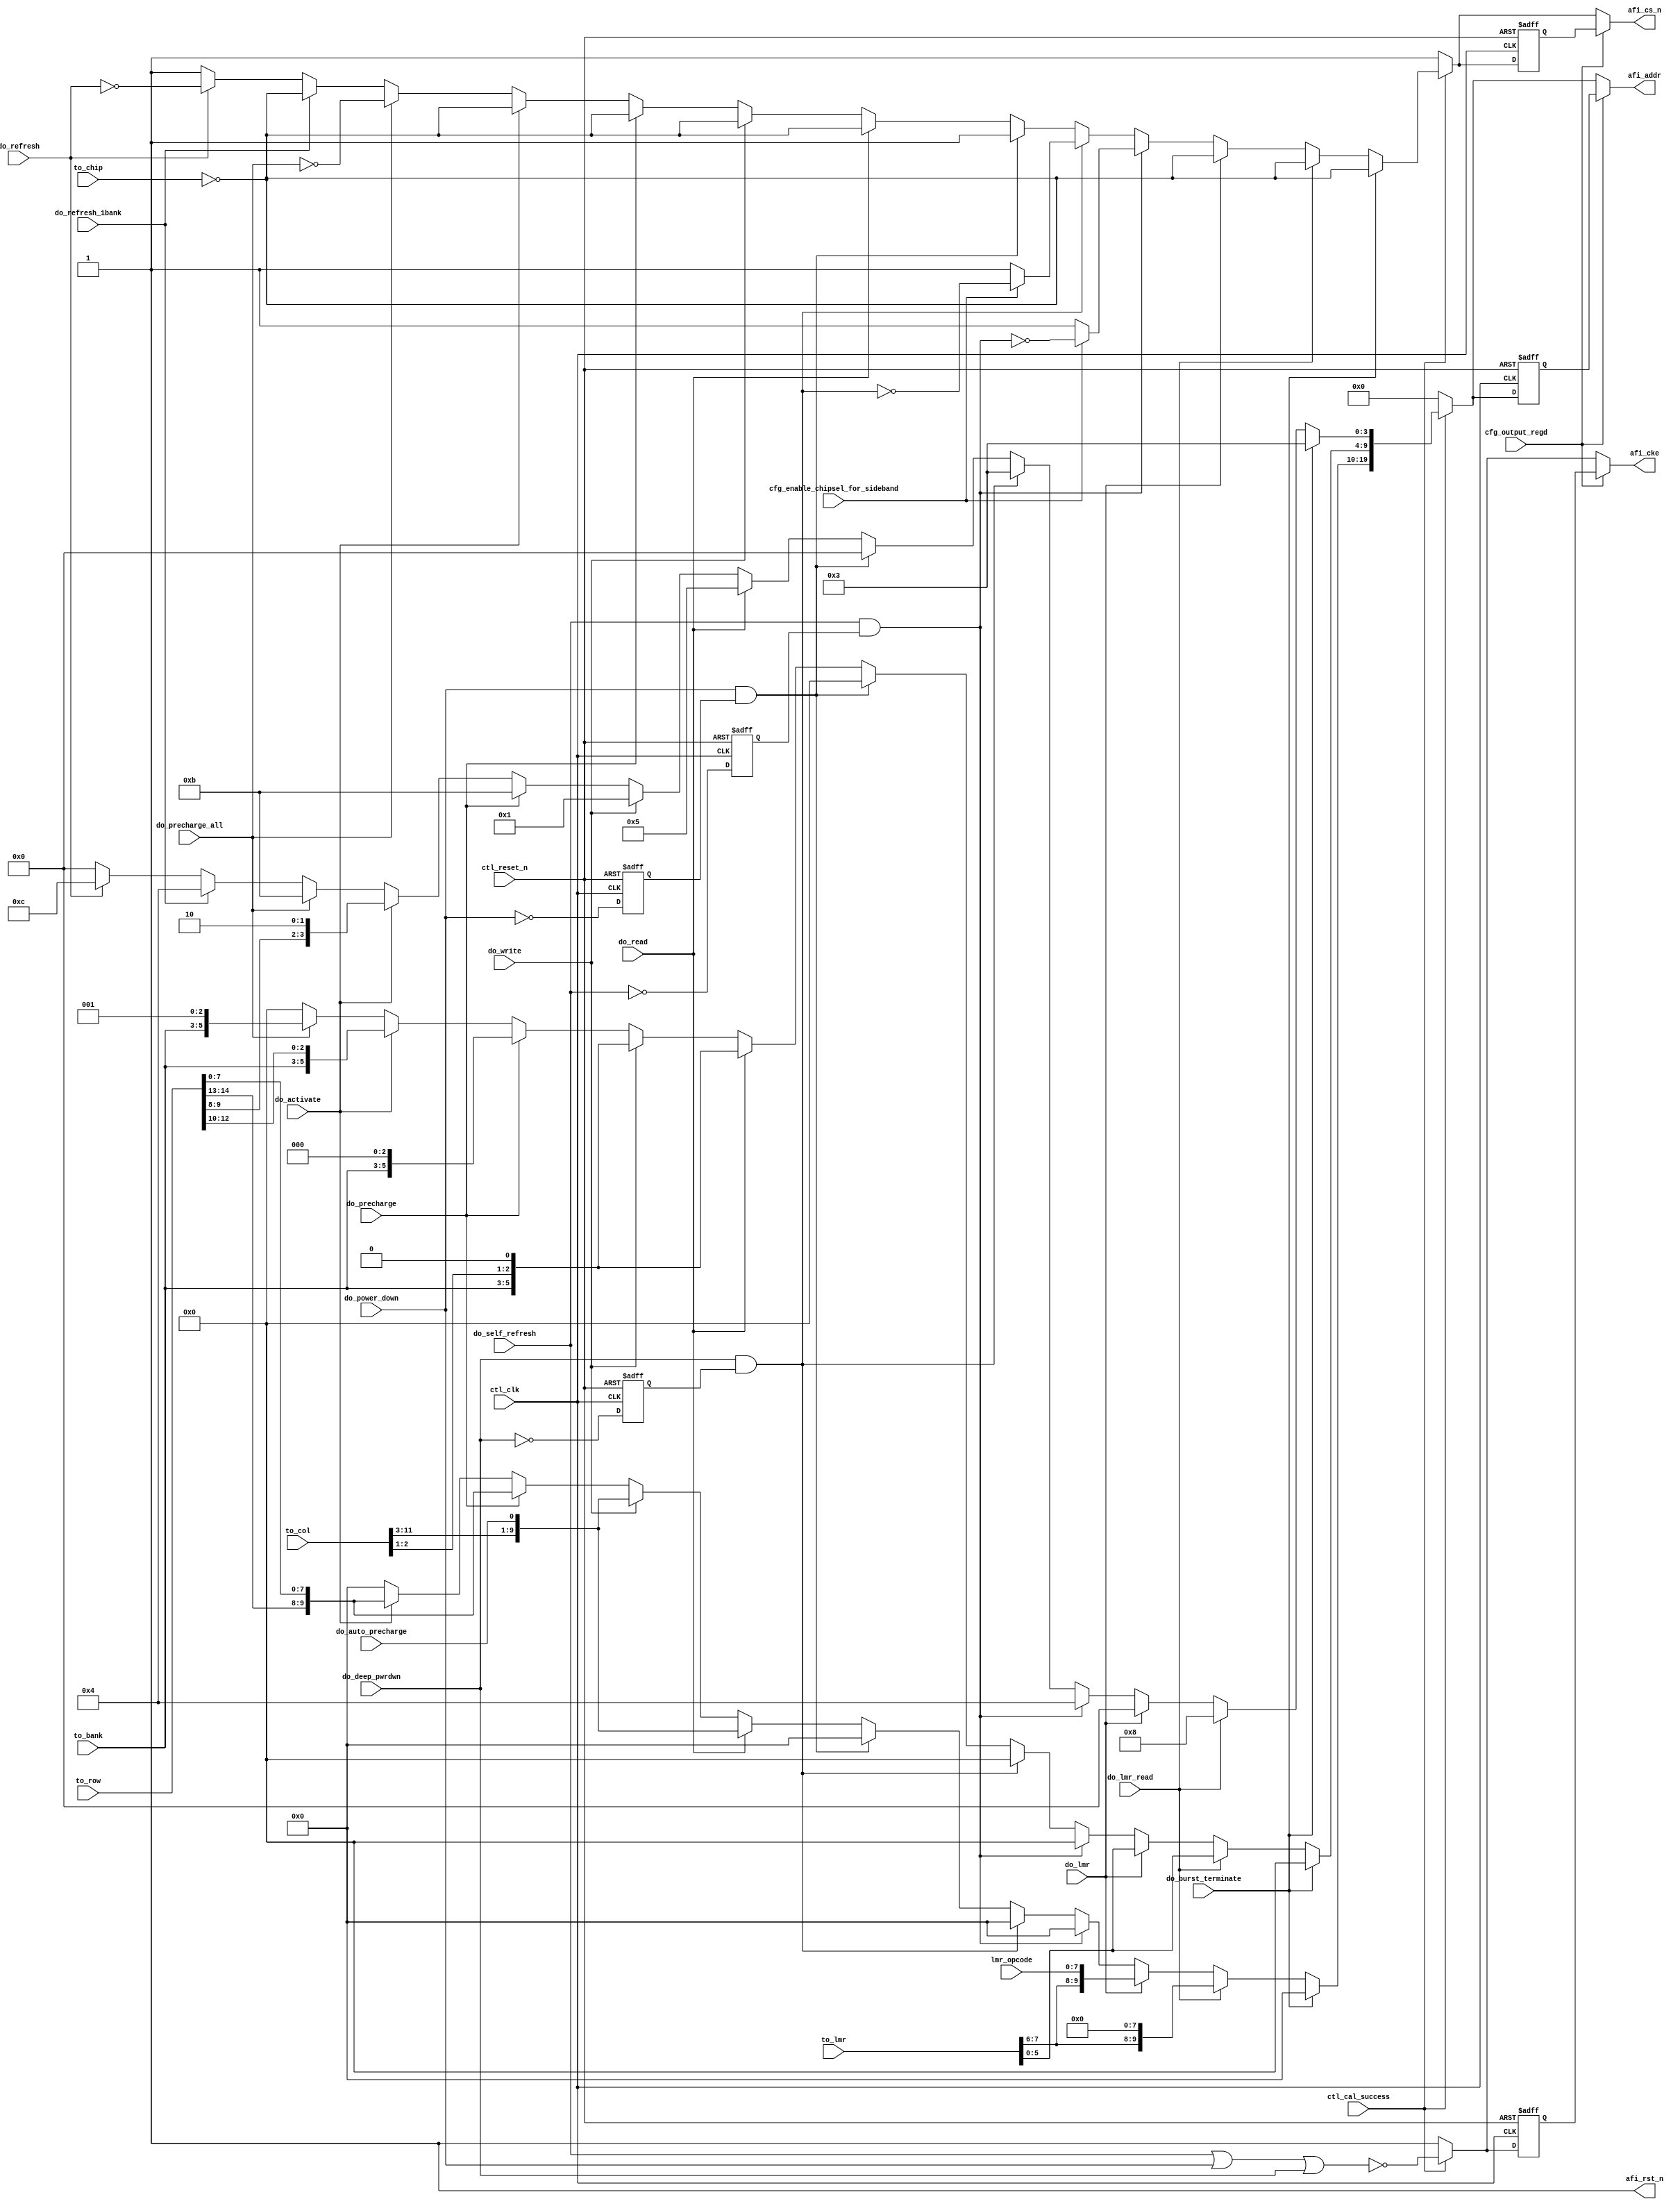
///////////////////////////////////////////////////////////////////////////////
// Title         : LPDDR2 controller address and command decoder
//
//
// Abstract      : LPDDR2 Address and command decoder
///////////////////////////////////////////////////////////////////////////////

`timescale 1 ps / 1 ps
module alt_mem_ddrx_lpddr2_addr_cmd
    # (parameter
    
        // Global parameters
        CFG_PORT_WIDTH_OUTPUT_REGD    = 1,
        CFG_MEM_IF_CHIP               = 1,
        CFG_MEM_IF_CKE_WIDTH          = 1,    // same width as CS_WIDTH
        CFG_MEM_IF_ADDR_WIDTH         = 20,
        CFG_MEM_IF_ROW_WIDTH          = 15,   // max supported row bits
        CFG_MEM_IF_COL_WIDTH          = 12,   // max supported column bits  
        CFG_MEM_IF_BA_WIDTH           = 3,    // max supported bank bits
        CFG_DWIDTH_RATIO              = 2
    )
    (
        ctl_clk,
        ctl_reset_n,
        ctl_cal_success,

        //run-time configuration interface
        cfg_output_regd,
        cfg_enable_chipsel_for_sideband,

        // AFI interface (Signals from Arbiter block)
        do_write,
        do_read,
        do_auto_precharge,
        do_activate,
        do_precharge,
        do_precharge_all,
        do_refresh,
        do_self_refresh,
        do_power_down,
        do_lmr,
        
        do_lmr_read,         //Currently does not exist in arbiter
        do_refresh_1bank,     //Currently does not exist in arbiter
        do_burst_terminate,     //Currently does not exist in arbiter
        do_deep_pwrdwn,     //Currently does not exist in arbiter
        
        // address information
        to_chip,                 // active high input (one hot)
        to_bank,
        to_row,
        to_col,
        to_lmr,
        lmr_opcode,
        
        //output
        afi_cke,
        afi_cs_n,
        afi_addr,
        afi_rst_n
    );
    
    input ctl_clk;
    input ctl_reset_n;
    input ctl_cal_success;

    //run-time  configuration input
    input [CFG_PORT_WIDTH_OUTPUT_REGD -1:0] cfg_output_regd;
    input                                   cfg_enable_chipsel_for_sideband;

    //  Arbiter command inputs
    input do_write;
    input do_read;
    input do_auto_precharge;
    input do_activate;
    input do_precharge;

    input [CFG_MEM_IF_CHIP-1:0]    do_precharge_all;
    input [CFG_MEM_IF_CHIP-1:0]    do_refresh;
    input [CFG_MEM_IF_CHIP-1:0]    do_self_refresh;
    input [CFG_MEM_IF_CHIP-1:0]    do_power_down;
    input [CFG_MEM_IF_CHIP-1:0]    do_deep_pwrdwn;


    input do_lmr;

    
    input do_lmr_read;
    input do_refresh_1bank;
    input do_burst_terminate;
    
    input   [CFG_MEM_IF_CHIP-1:0]       to_chip;
    input   [CFG_MEM_IF_BA_WIDTH-1:0]   to_bank;
    input   [CFG_MEM_IF_ROW_WIDTH-1:0]  to_row;
    input   [CFG_MEM_IF_COL_WIDTH-1:0]  to_col;
    input   [7:0]                       to_lmr;
    input   [7:0]                       lmr_opcode;
    
    //output
    output  [(CFG_MEM_IF_CKE_WIDTH * (CFG_DWIDTH_RATIO/2)) - 1:0]   afi_cke;
    output  [(CFG_MEM_IF_CHIP * (CFG_DWIDTH_RATIO/2)) - 1:0]        afi_cs_n;
    output  [(CFG_MEM_IF_ADDR_WIDTH * (CFG_DWIDTH_RATIO/2)) - 1:0]  afi_addr;
    output  [(CFG_DWIDTH_RATIO/2) - 1:0]                            afi_rst_n;
    
    wire do_write;
    wire do_read;
    wire do_auto_precharge;
    wire do_activate;
    wire do_precharge;

    wire  [CFG_MEM_IF_CHIP-1:0]    do_precharge_all;
    wire  [CFG_MEM_IF_CHIP-1:0]    do_refresh;
    wire  [CFG_MEM_IF_CHIP-1:0]    do_self_refresh;
    wire  [CFG_MEM_IF_CHIP-1:0]    do_power_down;
    wire  [CFG_MEM_IF_CHIP-1:0]    do_deep_pwrdwn;

    wire do_lmr;

    wire do_lmr_read;
    wire do_refresh_1bank;
    wire do_burst_terminate;
    
    reg   [2:0]    temp_bank_addr;
    reg   [14:0]   temp_row_addr;
    reg   [11:0]   temp_col_addr;

    
    wire    [(CFG_MEM_IF_CKE_WIDTH * (CFG_DWIDTH_RATIO/2)) - 1:0]   afi_cke;
    wire    [(CFG_MEM_IF_CHIP * (CFG_DWIDTH_RATIO/2)) - 1:0]        afi_cs_n;
    wire    [(CFG_MEM_IF_ADDR_WIDTH * (CFG_DWIDTH_RATIO/2)) - 1:0]  afi_addr;
    wire    [(CFG_DWIDTH_RATIO/2) - 1:0]                            afi_rst_n;
    
    reg [(CFG_MEM_IF_CKE_WIDTH) - 1:0]      int_cke;
    reg [(CFG_MEM_IF_CKE_WIDTH) - 1:0]      int_cke_r;
    reg [(CFG_MEM_IF_CHIP) - 1:0]           int_cs_n;
    reg [(CFG_MEM_IF_ADDR_WIDTH) - 1:0]     int_addr;
    
    reg [(CFG_MEM_IF_CKE_WIDTH) - 1:0]      combi_cke;
    reg [(CFG_MEM_IF_CHIP) - 1:0]           combi_cs_n;
    reg [(CFG_MEM_IF_ADDR_WIDTH) - 1:0]     combi_addr;
    reg [(CFG_MEM_IF_CKE_WIDTH) - 1:0]      combi_cke_r;
    reg [(CFG_MEM_IF_CHIP) - 1:0]           combi_cs_n_r;
    reg [(CFG_MEM_IF_ADDR_WIDTH) - 1:0]     combi_addr_r;
    
    reg   [CFG_MEM_IF_CHIP - 1:0]           do_power_down_r;
    reg   [CFG_MEM_IF_CHIP - 1:0]           do_self_refresh_r;
    reg   [CFG_MEM_IF_CHIP - 1:0]           do_deep_pwrdwn_r;
    reg   [CFG_MEM_IF_CHIP - 1:0]           int_do_power_down;
    reg   [CFG_MEM_IF_CHIP - 1:0]           int_do_self_refresh;
    reg   [CFG_MEM_IF_CHIP - 1:0]           int_do_deep_pwrdwn;
    
    assign afi_rst_n    = {(CFG_DWIDTH_RATIO/2){1'b1}};
    
    
    generate
        if (CFG_DWIDTH_RATIO == 2) begin
            assign afi_cke      = int_cke;
            assign afi_cs_n     = int_cs_n;
            assign afi_addr     = int_addr;
        end
        else begin
            assign afi_cke      = {int_cke,int_cke};
            assign afi_cs_n     = (do_burst_terminate)? {int_cs_n,int_cs_n} :{int_cs_n,{CFG_MEM_IF_CHIP{1'b1}}};
            assign afi_addr     = {int_addr,int_addr};
        end        
    endgenerate
    
// need half rate code to adjust for half rate cke or cs
   
    always @(posedge ctl_clk, negedge ctl_reset_n)            // toogles cs_n for only one cyle when state machine continues to stay in slf rfsh mode or DPD
        begin
            if (!ctl_reset_n)
                begin
                    do_power_down_r   <= {(CFG_MEM_IF_CHIP){1'b0}};
                    do_self_refresh_r <= {(CFG_MEM_IF_CHIP){1'b0}};
                    do_deep_pwrdwn_r  <= {(CFG_MEM_IF_CHIP){1'b0}};
                end
            else
                begin
                    do_power_down_r   <= ~do_power_down;
                    do_self_refresh_r <= ~do_self_refresh;
                    do_deep_pwrdwn_r  <= ~do_deep_pwrdwn;
                end
        end
    
    always @(*)
        begin
            int_do_power_down   = do_power_down   & do_power_down_r;
            int_do_self_refresh = do_self_refresh & do_self_refresh_r;
            int_do_deep_pwrdwn  = do_deep_pwrdwn  & do_deep_pwrdwn_r;
        end
    
    always @ (posedge ctl_clk or negedge ctl_reset_n) 
    begin
        if (~ctl_reset_n)
        begin
            combi_cke_r   <= {CFG_MEM_IF_CKE_WIDTH{1'b1}} ;
            combi_cs_n_r  <= {CFG_MEM_IF_CHIP{1'b1}}  ;
            combi_addr_r  <= {CFG_MEM_IF_ADDR_WIDTH{1'b0}};
        end
        else
        begin
            combi_cke_r   <= combi_cke  ;
            combi_cs_n_r  <= combi_cs_n ;
            combi_addr_r  <= combi_addr ;
        end
    end

    always @(*)
        begin
            if (cfg_output_regd)
                begin
                    int_cke     =  combi_cke_r;
                    int_cs_n    =  combi_cs_n_r;
                    int_addr    =  combi_addr_r;
                end
            else
                begin
                    int_cke     =  combi_cke;
                    int_cs_n    =  combi_cs_n;
                    int_addr    =  combi_addr;
                end
        end
    
    
    always @ (*) 
    begin
        temp_row_addr    = {CFG_MEM_IF_ROW_WIDTH{1'b0}} ;
        temp_col_addr    = {CFG_MEM_IF_COL_WIDTH{1'b0}} ;
        temp_bank_addr   = {CFG_MEM_IF_BA_WIDTH {1'b0}} ;
        temp_row_addr    = to_row ;
        temp_col_addr    = to_col ;
        temp_bank_addr   = to_bank;
    end
    
    //CKE generation block
    always @(*)
        begin
            if (ctl_cal_success)
               begin 
                    combi_cke = ~(do_self_refresh | do_power_down | do_deep_pwrdwn);
               end
            else
               begin
                    combi_cke = {(CFG_MEM_IF_CKE_WIDTH){1'b1}};
               end
        end
    
    
    always @(*)
        begin
            if (ctl_cal_success)
                begin
                    combi_cs_n    =   {(CFG_MEM_IF_CHIP){1'b1}};
                    combi_addr    =   {(CFG_MEM_IF_ADDR_WIDTH){1'b0}};
                    
                    if (|do_refresh)
                        begin
                            combi_cs_n                                          =  ~do_refresh;
                            combi_addr[3:0]                                     =   4'b1100;
                            combi_addr[(CFG_MEM_IF_ADDR_WIDTH/2) - 1 : 4]       =  {(CFG_MEM_IF_ADDR_WIDTH/2 - 4){1'b0}};
                            combi_addr[CFG_MEM_IF_ADDR_WIDTH - 1 : 10]          =  {(CFG_MEM_IF_ADDR_WIDTH/2){1'b0}};
                        end

                    if (do_refresh_1bank)
                        begin
                            combi_cs_n                                          =  ~to_chip;
                            combi_addr[3:0]                                     =   4'b0100;
                            combi_addr[(CFG_MEM_IF_ADDR_WIDTH/2) - 1 : 4]       =  {(CFG_MEM_IF_ADDR_WIDTH/2 - 4){1'b0}};
                            combi_addr[CFG_MEM_IF_ADDR_WIDTH - 1 : 10]          =  {(CFG_MEM_IF_ADDR_WIDTH/2){1'b0}};
                        end

                    if (|do_precharge_all)
                        begin
                            combi_cs_n                                          = ~do_precharge_all;
                            combi_addr[3:0]                                     =  4'b1011;
                            combi_addr[(CFG_MEM_IF_ADDR_WIDTH/2) - 1 : 4]       = {temp_bank_addr,2'b00,(|do_precharge_all)};
                            combi_addr[CFG_MEM_IF_ADDR_WIDTH - 1 : 10]          = {(CFG_MEM_IF_ADDR_WIDTH/2){1'b0}};
                        end
                   
                    if (do_activate)
                        begin
                            combi_cs_n                                          =  ~to_chip;
                            combi_addr[3:0]                                     =  {temp_row_addr[9:8],2'b10};
                            combi_addr[(CFG_MEM_IF_ADDR_WIDTH/2) - 1 : 4]       =  {temp_bank_addr,temp_row_addr[12:10]};
                            combi_addr[CFG_MEM_IF_ADDR_WIDTH - 1 : 10]          =  {temp_row_addr[14:13],temp_row_addr[7:0]};
                        end
                    
                    if (do_precharge)
                        begin
                            combi_cs_n                                          = ~to_chip;
                            combi_addr[3:0]                                     = 4'b1011;
                            combi_addr[(CFG_MEM_IF_ADDR_WIDTH/2) - 1 : 4]       = {temp_bank_addr,3'b000};
                            combi_addr[CFG_MEM_IF_ADDR_WIDTH - 1 : 10]          = {temp_row_addr[14:13],temp_row_addr[7:0]};
                        end
                    
                    if (do_write)
                        begin
                            combi_cs_n                                          =  ~to_chip;
                            combi_addr[3:0]                                     =  4'b0001;
                            combi_addr[(CFG_MEM_IF_ADDR_WIDTH/2) - 1 : 4]       =  {temp_bank_addr,temp_col_addr[2:1],1'b0};
                            combi_addr[CFG_MEM_IF_ADDR_WIDTH - 1 : 10]          =  {temp_col_addr[11:3],do_auto_precharge};
                        end
                   
                    if (do_read)
                        begin
                            combi_cs_n                                          =  ~to_chip;
                            combi_addr[3:0]                                     =  4'b0101;
                            combi_addr[(CFG_MEM_IF_ADDR_WIDTH/2) - 1 : 4]       =  {temp_bank_addr,temp_col_addr[2:1],1'b0};
                            combi_addr[CFG_MEM_IF_ADDR_WIDTH - 1 : 10]          =  {temp_col_addr[11:3],do_auto_precharge};
                        end
                    
                    if (|int_do_power_down)
                        begin
                            combi_cs_n                                          =  {(CFG_MEM_IF_CHIP){1'b1}};
                            combi_addr[3:0]                                     =  4'b0000;
                            combi_addr[(CFG_MEM_IF_ADDR_WIDTH/2) - 1 : 4]       =  {(CFG_MEM_IF_ADDR_WIDTH/2 - 4){1'b0}};
                            combi_addr[CFG_MEM_IF_ADDR_WIDTH - 1 : 10]          =  {(CFG_MEM_IF_ADDR_WIDTH/2){1'b0}};
                        end
                    
                    if (|int_do_deep_pwrdwn)
                        begin
                            if (cfg_enable_chipsel_for_sideband)
                                begin
                                    combi_cs_n                                  = ~int_do_deep_pwrdwn; // toogles cs_n for only one cyle when state machine continues to stay in deep power down;
                                end
                            else
                                begin
                                    combi_cs_n                                  =  {(CFG_MEM_IF_CHIP){1'b1}};
                                end
                            
                            combi_addr[3:0]                                     =  4'b0011;
                            combi_addr[(CFG_MEM_IF_ADDR_WIDTH/2) - 1 : 4]       =  {(CFG_MEM_IF_ADDR_WIDTH/2 - 4){1'b0}};
                            combi_addr[CFG_MEM_IF_ADDR_WIDTH - 1 : 10]          =  {(CFG_MEM_IF_ADDR_WIDTH/2){1'b0}};
                        end

                    if (|int_do_self_refresh)
                        begin
                            if (cfg_enable_chipsel_for_sideband)
                                begin
                                    combi_cs_n                                  = ~int_do_self_refresh; // toogles cs_n for only one cyle when state machine continues to stay in deep power down;
                                end
                            else
                                begin
                                    combi_cs_n                                  =  {(CFG_MEM_IF_CHIP){1'b1}};
                                end
                            
                            combi_addr[3:0]                                     =  4'b0100;
                            combi_addr[(CFG_MEM_IF_ADDR_WIDTH/2) - 1 : 4]       =  {(CFG_MEM_IF_ADDR_WIDTH/2 - 4){1'b0}};
                            combi_addr[CFG_MEM_IF_ADDR_WIDTH - 1 : 10]          =  {(CFG_MEM_IF_ADDR_WIDTH/2){1'b0}};
                        end
                   
                    if (do_lmr)
                        begin
                            combi_cs_n                                          =  ~to_chip;
                            combi_addr[3:0]                                     =  4'b0000;
                            combi_addr[(CFG_MEM_IF_ADDR_WIDTH/2) - 1 : 4]       =  to_lmr[5:0];
                            combi_addr[CFG_MEM_IF_ADDR_WIDTH - 1 : 10]          =  {to_lmr[7:6],lmr_opcode};
                        end

                    if (do_lmr_read)
                        begin
                            combi_cs_n                                          =  ~to_chip;
                            combi_addr[3:0]                                     =  4'b1000;
                            combi_addr[(CFG_MEM_IF_ADDR_WIDTH/2) - 1 : 4]       =  to_lmr[5:0];
                            combi_addr[CFG_MEM_IF_ADDR_WIDTH - 1 : 10]          =  {to_lmr[7:6],{8{1'b0}}};
                        end
                   
                    if (do_burst_terminate)
                        begin
                            combi_cs_n                                          =  ~to_chip;
                            combi_addr[3:0]                                     =  4'b0011;
                            combi_addr[(CFG_MEM_IF_ADDR_WIDTH/2) - 1 : 4]       =  {(CFG_MEM_IF_ADDR_WIDTH/2 - 4){1'b0}};
                            combi_addr[CFG_MEM_IF_ADDR_WIDTH - 1 : 10]          =  {(CFG_MEM_IF_ADDR_WIDTH/2){1'b0}};
                        end
            
                           
                end
            else
                begin
                    combi_cs_n                                                  =  {(CFG_MEM_IF_CHIP){1'b1}};
                    combi_addr                                                  =  {(CFG_MEM_IF_ADDR_WIDTH){1'b0}};
                end
        end

endmodule